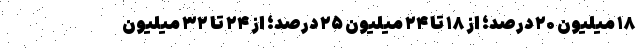
۱۸ میلیون ۲۰ درصد؛ از ۱۸ تا ۲۴ میلیون ۲۵ درصد؛ از ۲۴ تا ۳۲ میلیون